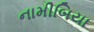
નામીબિયા